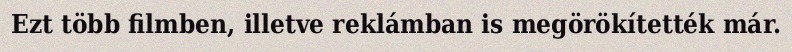
Ezt több filmben, illetve reklámban is megörökítették már.